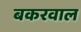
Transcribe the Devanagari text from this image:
बकरवाल